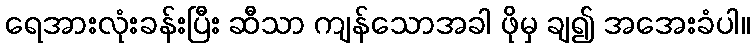
ရေအားလုံးခန်းပြီး ဆီသာ ကျန်သောအခါ ဖိုမှ ချ၍ အအေးခံပါ။